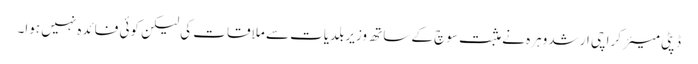
ڈپٹی میئر کراچی ارشد وہرہ نے مثبت سوچ کے ساتھ وزیر بلدیات سے ملاقات کی لیکن کوئی فائدہ نہیں ہوا۔